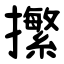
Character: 㩯